Papers set at the Examination for Leaving Certificates, 1891
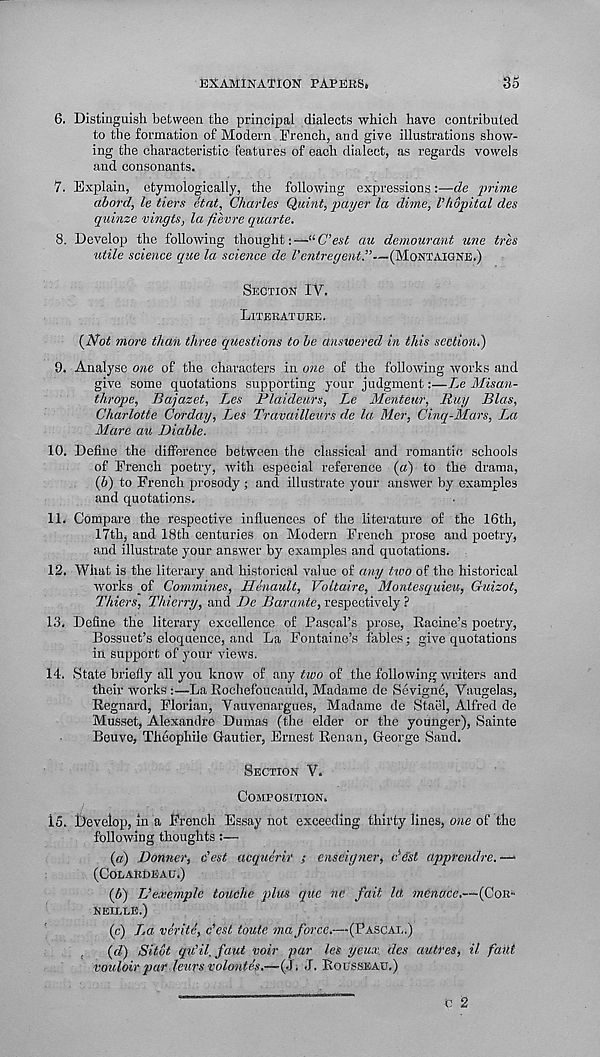
EXAMINATION PAPEBS,
35
6. Distinguish between the principal dialects which have contributed
to the formation of Modern French, and give illustrations show-
ing the characteristic features of each dialect, as regards vowels
and consonants.
7. Explain, etymologically, the following expressions:—de prime
abord, le tiers <itnt, Charles Quint, payer la dime, I’hupital des
quinze vingts, la fievre quarte.
8. Develop the following thought:—“C’est au demourant une tres
utile science que la science de Ventregent.”—(Montaigne.)
Section IV.
Literatuke.
(iVbif more than three questions to be answered in this section,)
0. Analyse one of the characters in one of the following works and
give some quotations supporting your judgment:—Le Misan-
thrope, Bajazet, L.es Plaideurs, Le Menteur, Ruy Bias,
Charlotte Corday, T^es Travailleurs de la Mer, Cinq-Mars, La
Mare au Diable.
10. Define the difference between the classical and romantic schools
of French poetry, with especial reference (a) to the drama,
(b) to French prosody ; and illustrate your answer by examples
and quotations.
11. Compare the respective influences of the literature of the 16th,
17th, and 18th centuries on Modern French prose and poetry,
and illustrate your answer by examples and quotations.
12. What is the literary and historical value of any two of the historical
works of Commines, Henault, Voltaire, Montesquieu, Guizot,
Thiers, Thierry, and De Barante, respectively ?
13. Define the literary excellence of Pascal’s prose, Racine’s poetry,
Bossuet’s eloquence, and La Fontaine’s fables; give quotations
in support of your views.
14. State briefly all you know of any two of the following writers and
their works :—La Rochefoucauld, Madame de Sevigne, Vaugelas,
Regnard, Florian, Vauvenargues, Madame de Staiil, Alfred de
Musset, Alexandre Dumas (the elder or the younger), Sainte
Beuve, Theophiie Gautier, Ernest Renan, George Sand.
Section V.
Composition.
15. Develop, in a French Essay not exceeding thirty lines, one of the
following thoughts:—
(«) Bonner, c’est acquerir ; enseigner, ddst apprentice.—
(Colardeau.)
(b) TJexemple touche plus que nc fait Id jnerecce.---(Cor-
neille.)
(c) La verite, c’est toute ma force.—(Pascxi..)
, (d) Sitot qu’il.faut voir par les yeux des autres, it faiii
couloir par leurs volontes.—(J. J. Rousseau.)